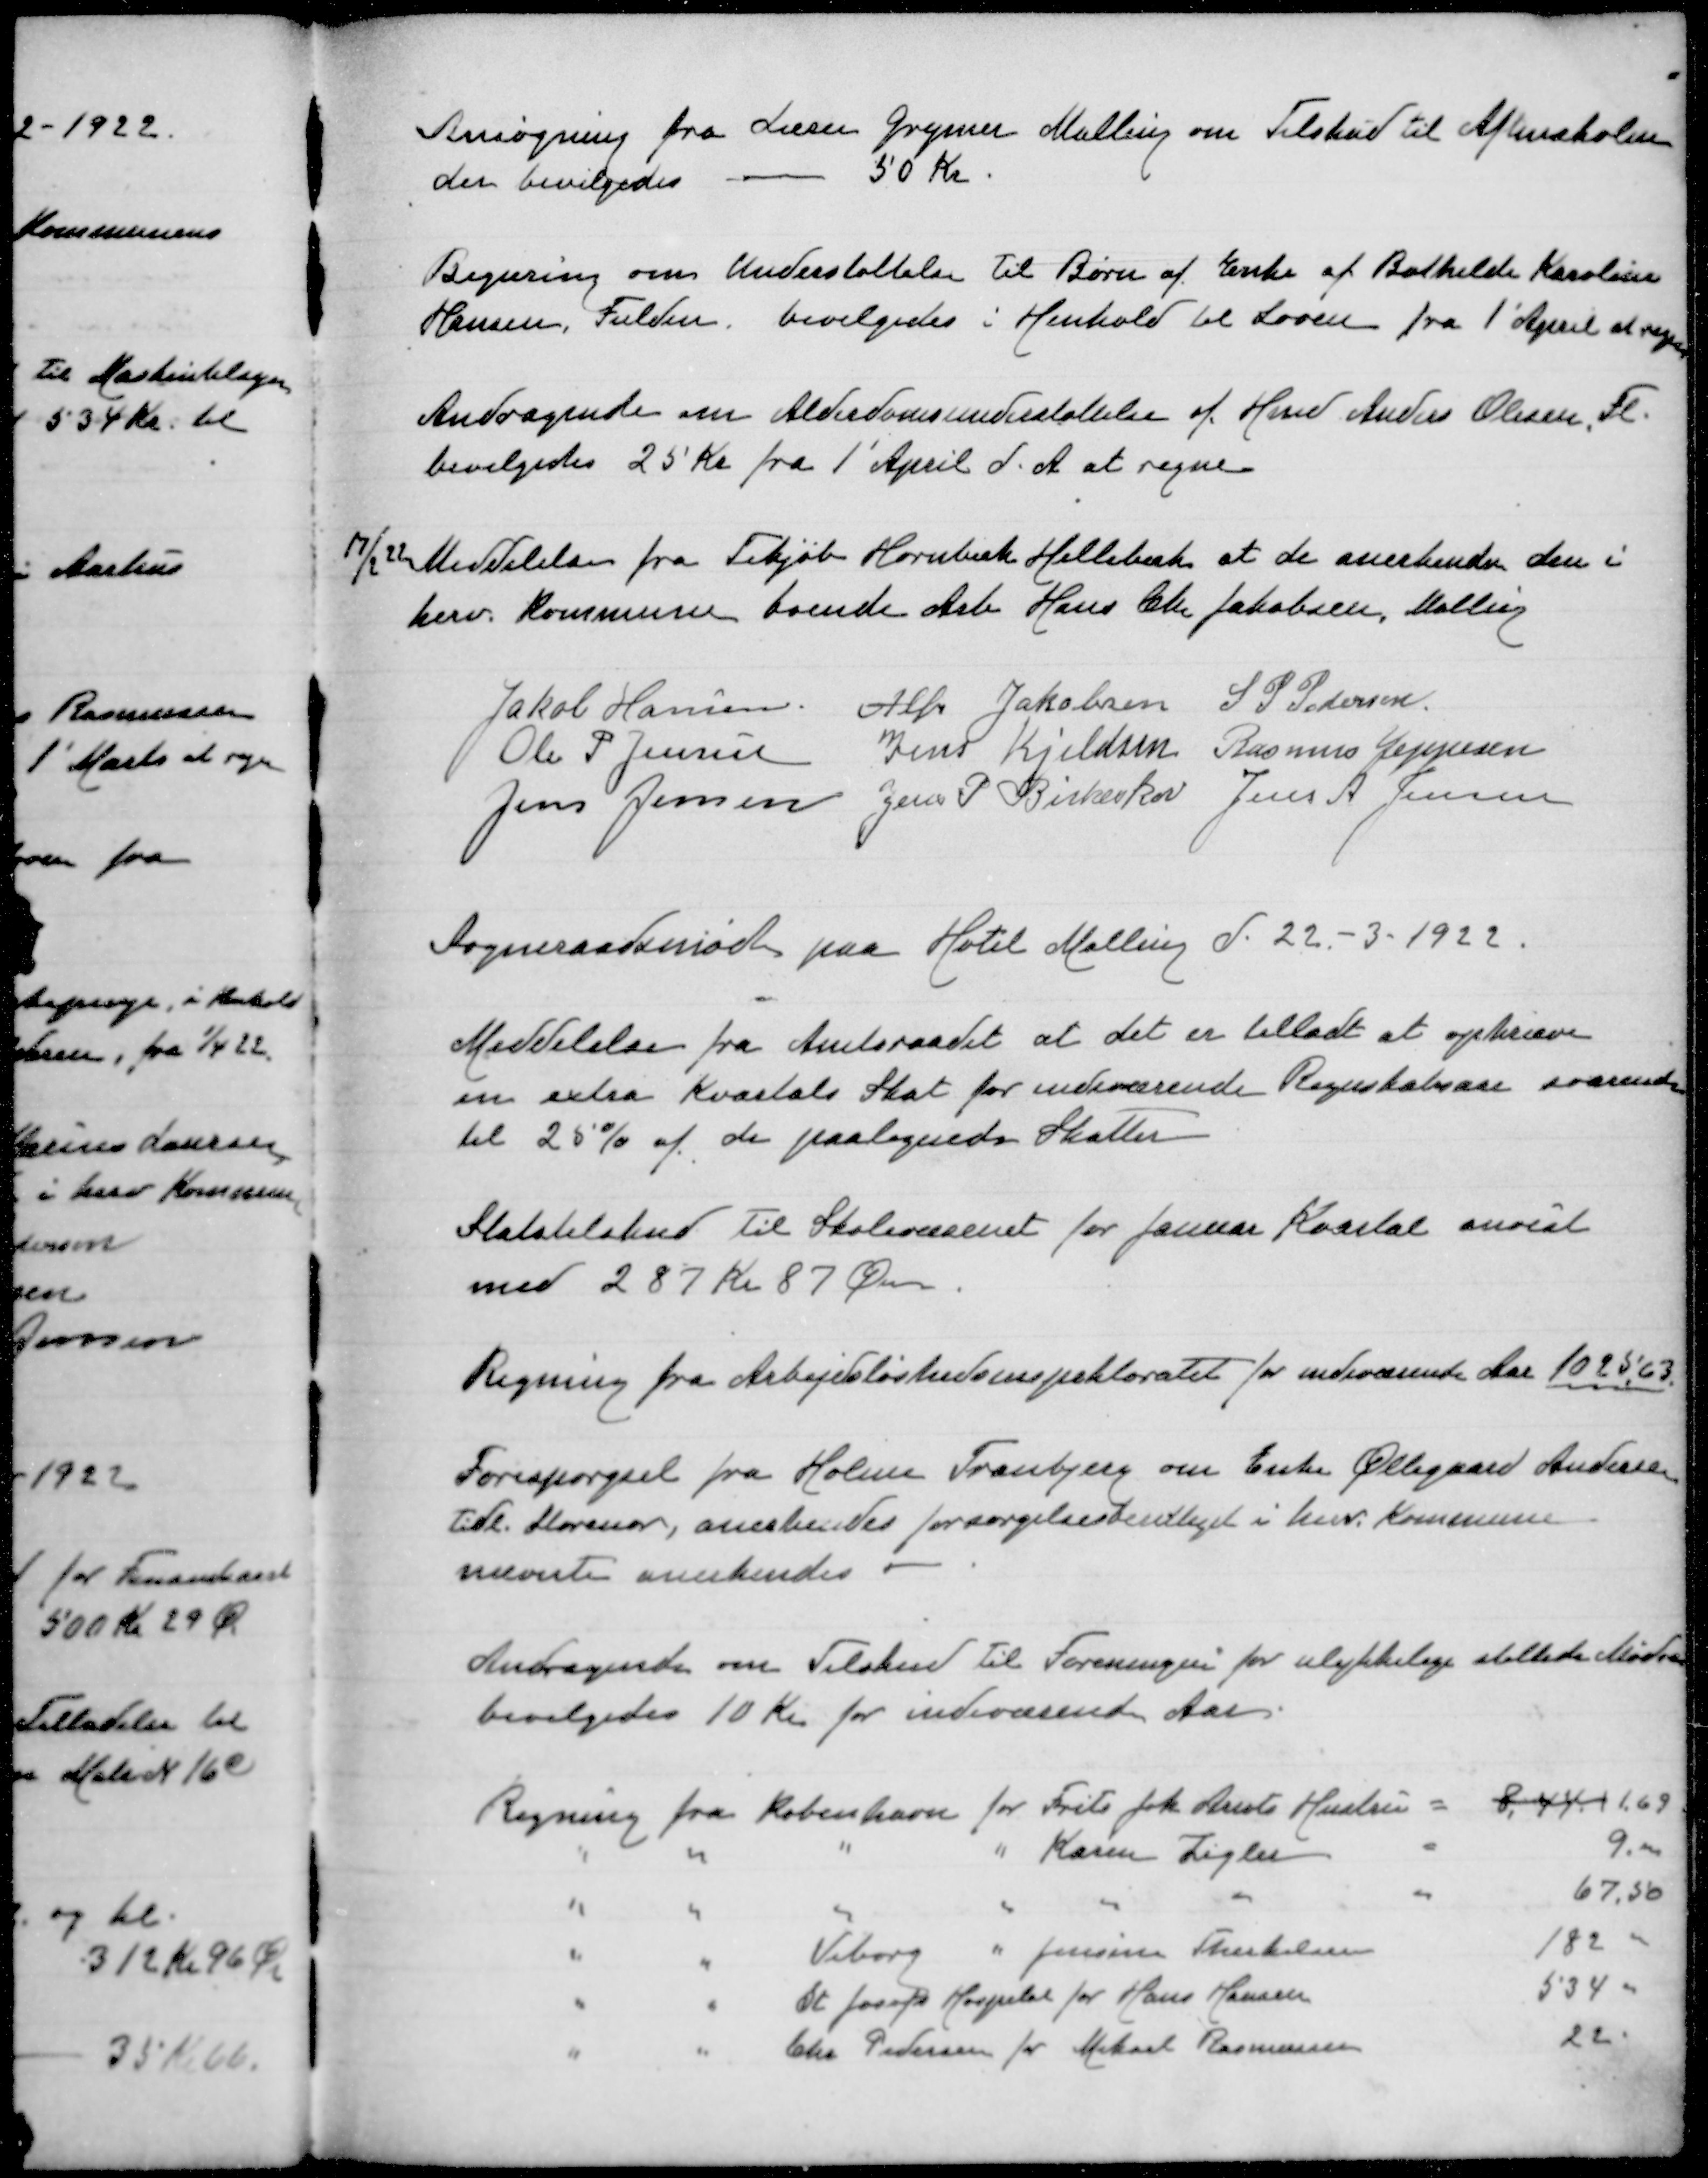
Transskription:
Ansøgning fra Lærer Grymer Malling om Tilskud til Aftenskolen
der bevilgedes - 50 Kr
Begæring om Understøttelse til Børn af Enke af Bothilde Karoline
Hansen, Fulden, bevilgedes i Henhold til Loven fra 1' August at regne
Andragende om Alderdomsunderstøttelse af Hmd Anders Olesen, Fl
bevilgedes 25 Kr fra 1' April d A at regne

17/2 22 Meddelelse fra Tikjøb Hornbæk Hellebæk at de anerkender den i
herv Kommune boende Arb Hans Chr Jakobsen, Malling

Jakob Hansen
Alfr Jakobsen
S P Pedersen
Ole P Jensen
Jens Kjeldsen
Rasmus Jeppesen
Jens Jensen
Jens P Birkeskov
Jens A Jensen

Sogneraadsmøde paa Hotel Malling d 22-3-1922
Meddelelse fra Amtsraadet, at det er tilladt at opkræve
en ekstra Kvartals Skat for indeværense Regnskabsaar svarende
til 25% af de paalignede Skatter
Statstilskud til Skolevæsenet for Januar Kvartal anvist
med 287 Kr og 87 Øre
Regning fra Arbejdsløshedsinspektoratet for indeværende Aar 102563
Forespørgsel fra Holme Tranbjerg om Enke Øllegaard Andersen
tidl Storenor, anerkendes forsørgelsesberettiget i herv Kommune
nævnte anerkendes
Andragende om Tilskud til Foreningen for ulykkelige støttede Mødre
bevilgedes 10 Kr for indeværende Aar

Regning Regning København for Frits Joh Arnts Hustru =
8,44 1 1,69
" " " " Karen Zigler "
9,00
" " " " " " "
67,50
" " Viborg " Jensine Therkelsen
182 00
" "  St Josefs Hospital for Hans Hansen
534 00
" " Chr Pedersen for Mikael Rasmussen
22 00